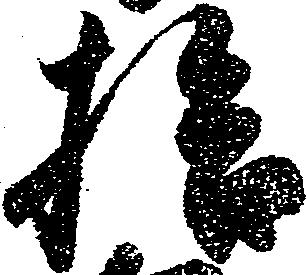
拾